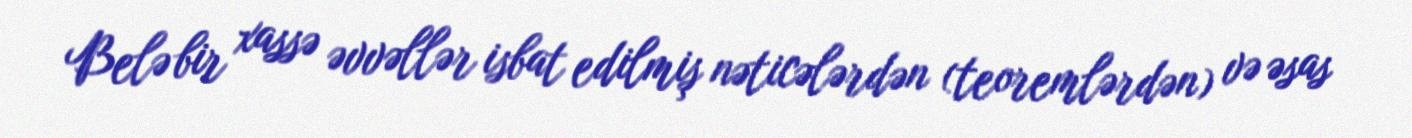
Belə bir xassə əvvəllər isbat edilmiş nəticələrdən (teoremlərdən) və əsas